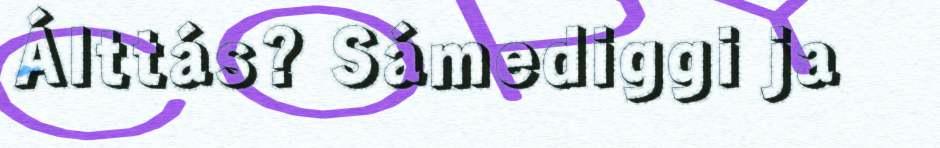
Álttás? Sámediggi ja